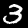
Digit: 3